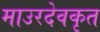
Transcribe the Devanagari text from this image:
माउरदेवकृत